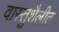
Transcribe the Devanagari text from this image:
वास्तुशैलीत